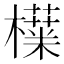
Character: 𬅅